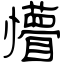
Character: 懵